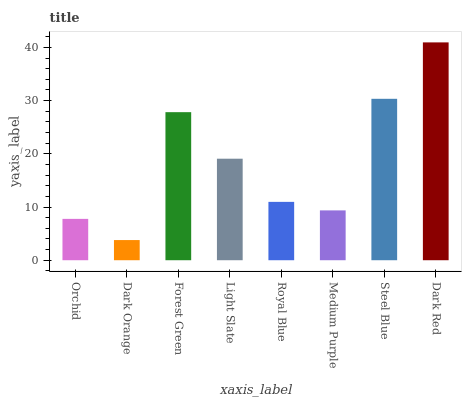
| xaxis_label | bars |
 | --- | --- |
 | Orchid | 7.77 |
 | Dark Orange | 3.79 |
 | Forest Green | 27.8 |
 | Light Slate | 19.1 |
 | Royal Blue | 11 |
 | Medium Purple | 9.37 |
 | Steel Blue | 30.3 |
 | Dark Red | 40.9 |